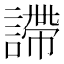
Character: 𧫚